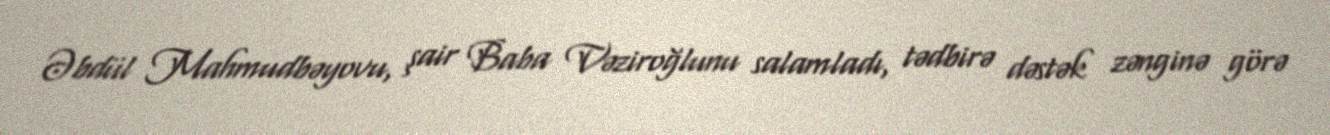
Əbdül Mahmudbəyovu, şair Baba Vəziroğlunu salamladı, tədbirə dəstək zənginə görə